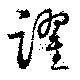
躍